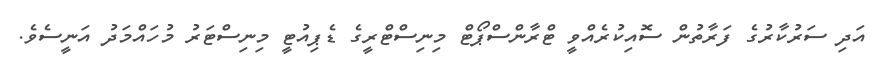
އަދި ސަރުކާރުގެ ފަރާތުން ސޮއިކުރެއްވީ ޓްރާންސްޕޯޓް މިނިސްޓްރީގެ ޑެޕިއުޓީ މިނިސްޓަރު މުހައްމަދު އަނީސެވެ.